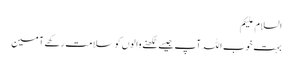
السلام علیکم
بہت خوب اللہ آپ جیسے لکھنے والوں کو سلامت رکھے آمین